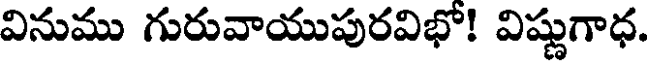
వినుము గురువాయుపురవిభో! విష్ణుగాధ.